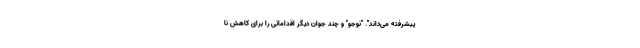
پیشرفته می‌داند". "نوجو" و چند جوان دیگر اقداماتی را برای کاهش نا